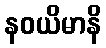
နဝယိမာနိ